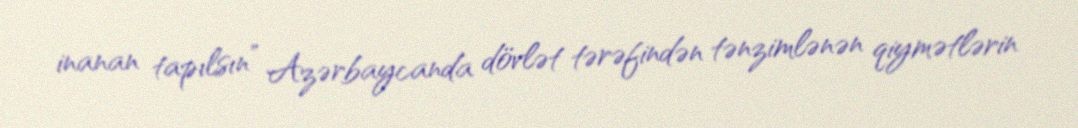
inanan tapılsın” Azərbaycanda dövlət tərəfindən tənzimlənən qiymətlərin